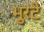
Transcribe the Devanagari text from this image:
भुरटे